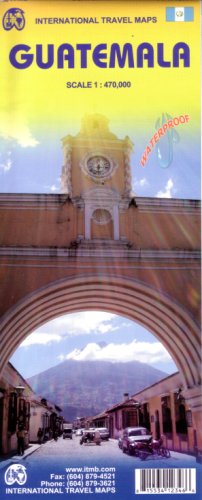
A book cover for Guatemala 1:470,000 Travel Map (International Travel Country Maps: Guatemala); ITM Canada; Travel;